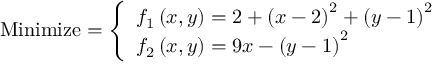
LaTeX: { \mathrm { M i n i m i z e } } = { \left\{ \begin{array} { l l } { f _ { 1 } \left( x , y \right) = 2 + \left( x - 2 \right) ^ { 2 } + \left( y - 1 \right) ^ { 2 } } \\ { f _ { 2 } \left( x , y \right) = 9 x - \left( y - 1 \right) ^ { 2 } } \end{array} \right. }